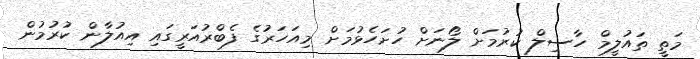
މަތީ ތައުލީމް ހާސިލް ކުރުމަށް ލޯނަށް ހުށަހެޅުމަށް މިއަހަރުގެ ފެބްރުއަރީގައި އިއުލާން ކުރުމުން